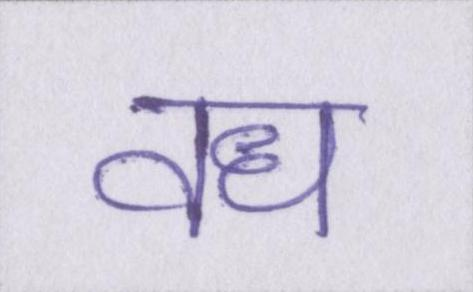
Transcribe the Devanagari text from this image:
वध